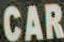
CAR